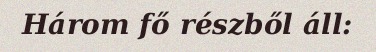
Három fő részből áll: